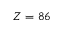
{ Z = 8 6 }